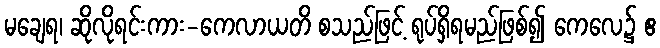
မချေရ၊ ဆိုလိုရင်းကား-ကေလာယတိ စသည်ဖြင့် ရုပ်ရှိရမည်ဖြစ်၍ ကေလေ၌ ဧ